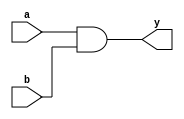
module xup_and2 #(parameter DELAY=3)(
    input a,
    input b,
    output y
    );
    
    and #DELAY (y,a,b);
    
endmodule